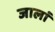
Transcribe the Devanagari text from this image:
जालां